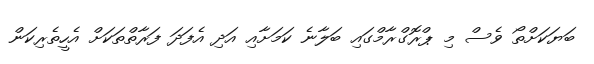
ބަޔަކަށްތޯ ވެސް މި ޕްރޮގްރާމްގައި ބަލާނެ ކަމަށާއި އަދި އެފަދަ ފަރާތްތަކަށް އެހީތެރިކަން